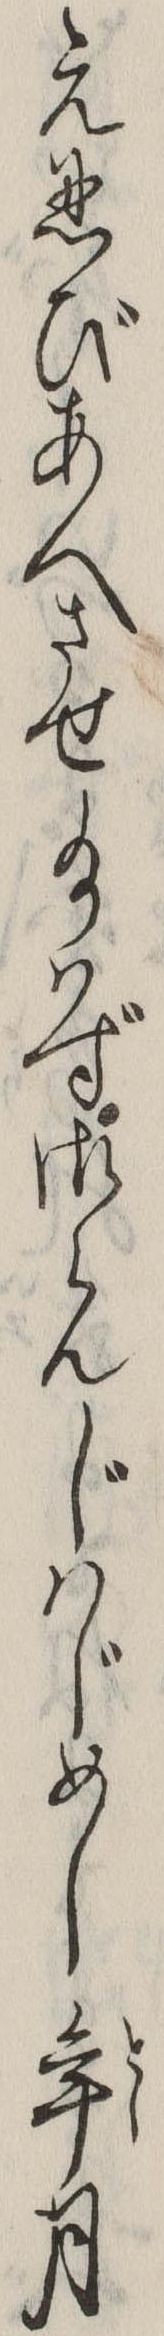
え忍びあへさせ給はず御らんじはじめし年月